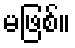
မဖြစ်။